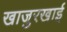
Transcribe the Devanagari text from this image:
खाजुरखाई